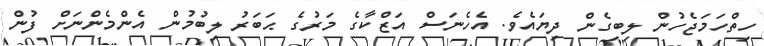
ހިތްހަމަޖެހުން ލިބިގެން ދިޔައެވެ. އެހެނަސް އަޒްކާގެ މަރުގެ ޙަބަރު ލިބުމުން އެންމެންނަށް ފުން